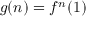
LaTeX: g ( n ) = f ^ { n } ( 1 )